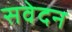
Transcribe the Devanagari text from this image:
सवेदन